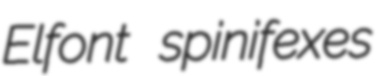
Elfont spinifexes